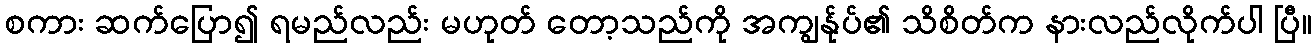
စကား ဆက်ပြော၍ ရမည်လည်း မဟုတ် တော့သည်ကို အကျွန်ုပ်၏ သိစိတ်က နားလည်လိုက်ပါ ပြီ။